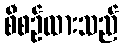
စီစဉ်ထားသည်